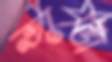
ভাঙো